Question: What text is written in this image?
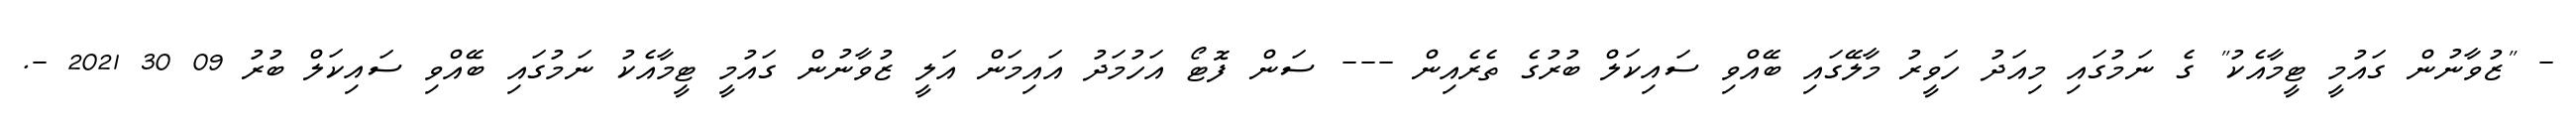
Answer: - "ޒުވާނުން ގައުމީ ޓީމާއެކު" ގެ ނަމުގައި މިއަދު ހަވީރު މާލޭގައި ބޭއްވި ސައިކަލް ބުރުގެ ތެރެއިން --- ސަން ފޮޓޯ އަހުމަދު އައިމަން އަލީ ޒުވާނުން ގައުމީ ޓީމާއެކު ނަމުގައި ބޭއްވި ސައިކަލް ބުރު 09 30 2021 -.